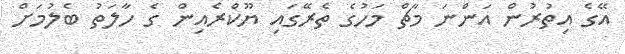
އޭގެ އިތުރުން އަންނަ މާޗް މަހުގެ ތެރޭގައި ޔޫކްރެއިން ގެ ހާލަތު ބެލުމަށް